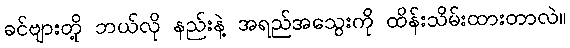
ခင်ဗျားတို့ ဘယ်လို နည်းနဲ့ အရည်အသွေးကို ထိန်းသိမ်းထားတာလဲ။